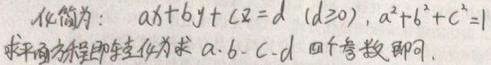
化简为：$ax + by + cz = d\ (d \geq 0),\ a^{2}+b^{2}+c^{2}=1$，求平面方程即转化为求$a, b, c, d$四个参数即可。